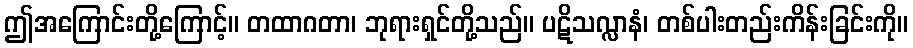
ဤအကြောင်းတို့ကြောင့်။ တထာဂတာ၊ ဘုရားရှင်တို့သည်။ ပဋိသလ္လာနံ၊ တစ်ပါးတည်းကိန်းခြင်းကို။